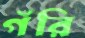
গঁরি